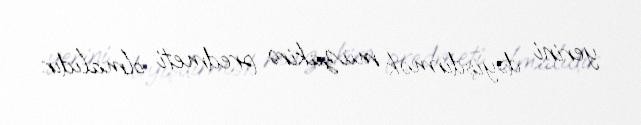
yerini dəyişdirmək müzakirə predmeti olmalıdır.